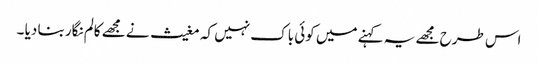
اس طرح مجھے یہ کہنے میں کوئی باک نہیں کہ مغیث نے مجھے کالم نگار بنا دیا ۔